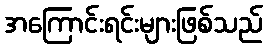
အကြောင်းရင်းများဖြစ်သည်